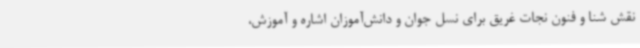
نقش شنا و فنون نجات غریق برای نسل جوان و دانش‌آموزان اشاره و آموزش،